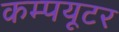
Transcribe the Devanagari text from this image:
कम्‍पयूटर